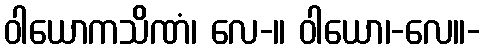
ဝါယောကသိဏံ၊ လေ-။ ဝါယော၊-လေ။-